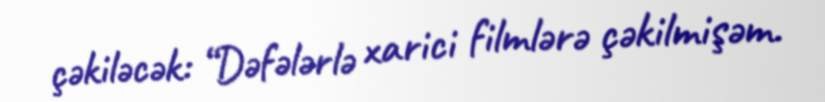
çəkiləcək: “Dəfələrlə xarici filmlərə çəkilmişəm.